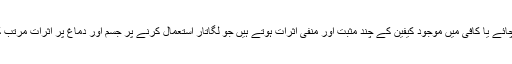
درحقیقت چائے یا کافی میں موجود کیفین کے چند مثبت اور منفی اثرات ہوتے ہیں جو لگاتار استعمال کرنے پر جسم اور دماغ پر اثرات مرتب کرتے ہیں۔